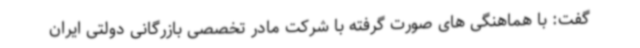
گفت: با هماهنگی های صورت گرفته با شرکت مادر تخصصی بازرگانی دولتی ایران